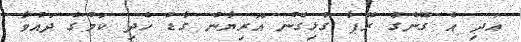
އަދި އެ ގޭންގް ރޭޕާ ގުޅިގެން އޮރިޔާން ގާޑު ހެދި ކަމުގެ ދައުވާ